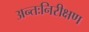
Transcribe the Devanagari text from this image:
अन्तःनिरीक्षण